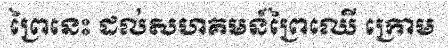
ព្រៃនេះ ដល់សហគមន៍ព្រៃឈើ ក្រោម